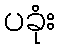
ပခုံး